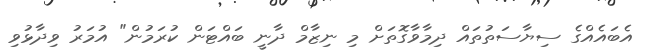
އެބައެއްގެ ސިޔާސަތުތައް ދިމާވާގޮތަށް މި ނިޒާމް ދާނީ ބައްޓަން ކުރަމުން" އުމަރު ވިދާޅުވި